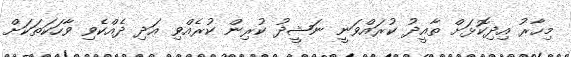
މިހާރު އިދިކޮޅަށް ތާއީދު ކުރައްވަނީ ނަޝީދު ކުރިން ކުރެއްވި އަދި ދެއްކެވި ވާހަކަތަކަށް